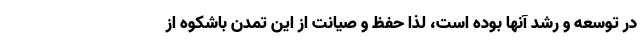
در توسعه و رشد آنها بوده است، لذا حفظ و صیانت از این تمدن باشکوه از